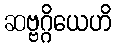
ဆဗ္ဗဂ္ဂိယေဟိ